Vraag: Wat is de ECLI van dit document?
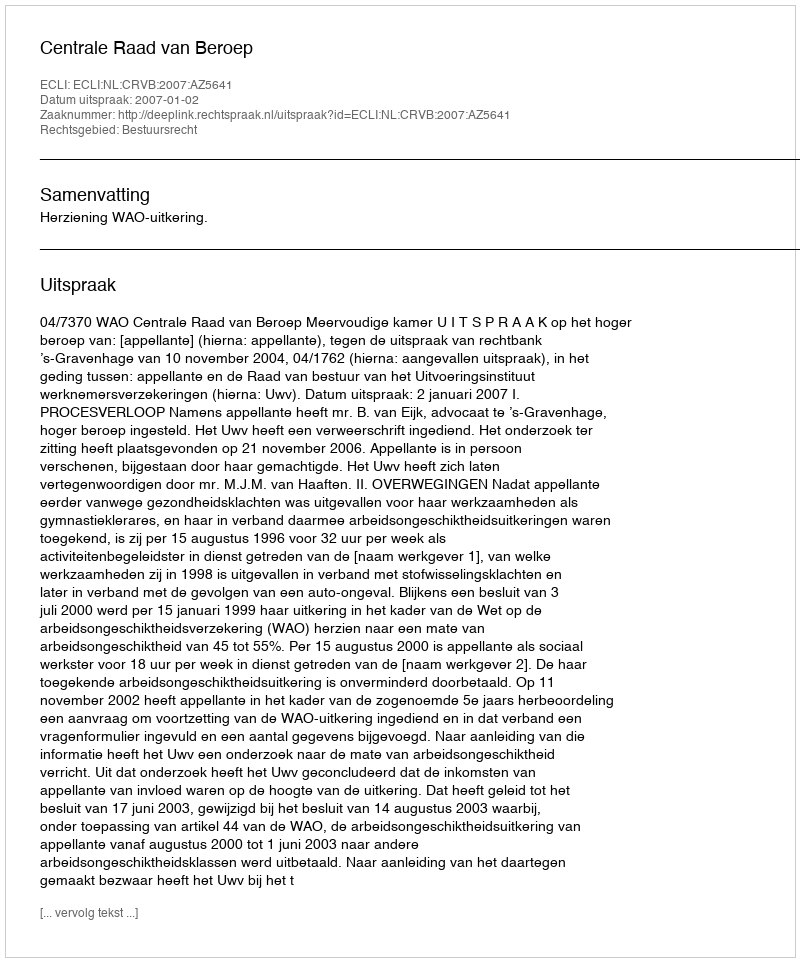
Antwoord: ECLI:NL:CRVB:2007:AZ5641